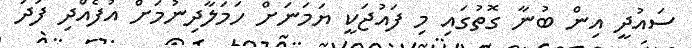
ސައުދީ އިން ބުނާ ގޮތުގައި މި ފައުޖަކީ ޔަމަނަށް ހަމަލާދިނުމަށް އުފެއްދި ފަދަ